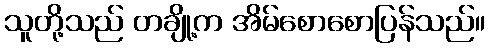
သူတို့သည် တချို့က အိမ်စောစောပြန်သည်။